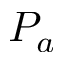
P _ { a }